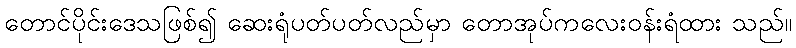
တောင်ပိုင်းဒေသဖြစ်၍ ဆေးရုံပတ်ပတ်လည်မှာ တောအုပ်ကလေးဝန်းရံထား သည်။